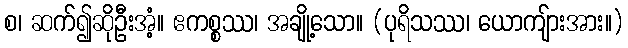
စ၊ ဆက်၍ဆိုဦးအံ့။ ဧကစ္စဿ၊ အချို့သော။ (ပုရိသဿ၊ ယောကျ်ားအား။)